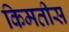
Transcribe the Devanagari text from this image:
किमतीस